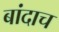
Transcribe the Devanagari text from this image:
बांदाच